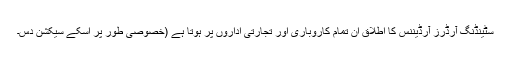
سٹینڈنگ آرڈرز آرڈیننس کا اطلاق ان تمام کاروباری اور تجارتی اداروں پر ہوتا ہے (خصوصی طور پر اسکے سیکشن دس۔